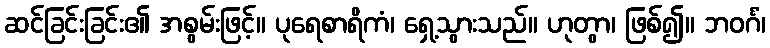
ဆင်ခြင်းခြင်း၏ အစွမ်းဖြင့်။ ပုရေစာရိကံ၊ ရှေ့သွားသည်။ ဟုတွာ၊ ဖြစ်၍။ ဘဝင်္ဂံ၊